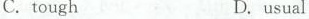
C. toughD. usual